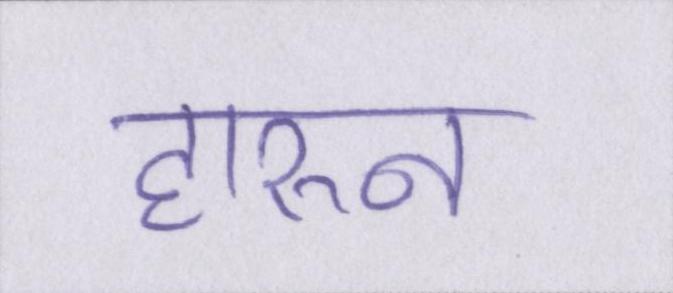
हारुन